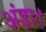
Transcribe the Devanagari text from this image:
अंडा।